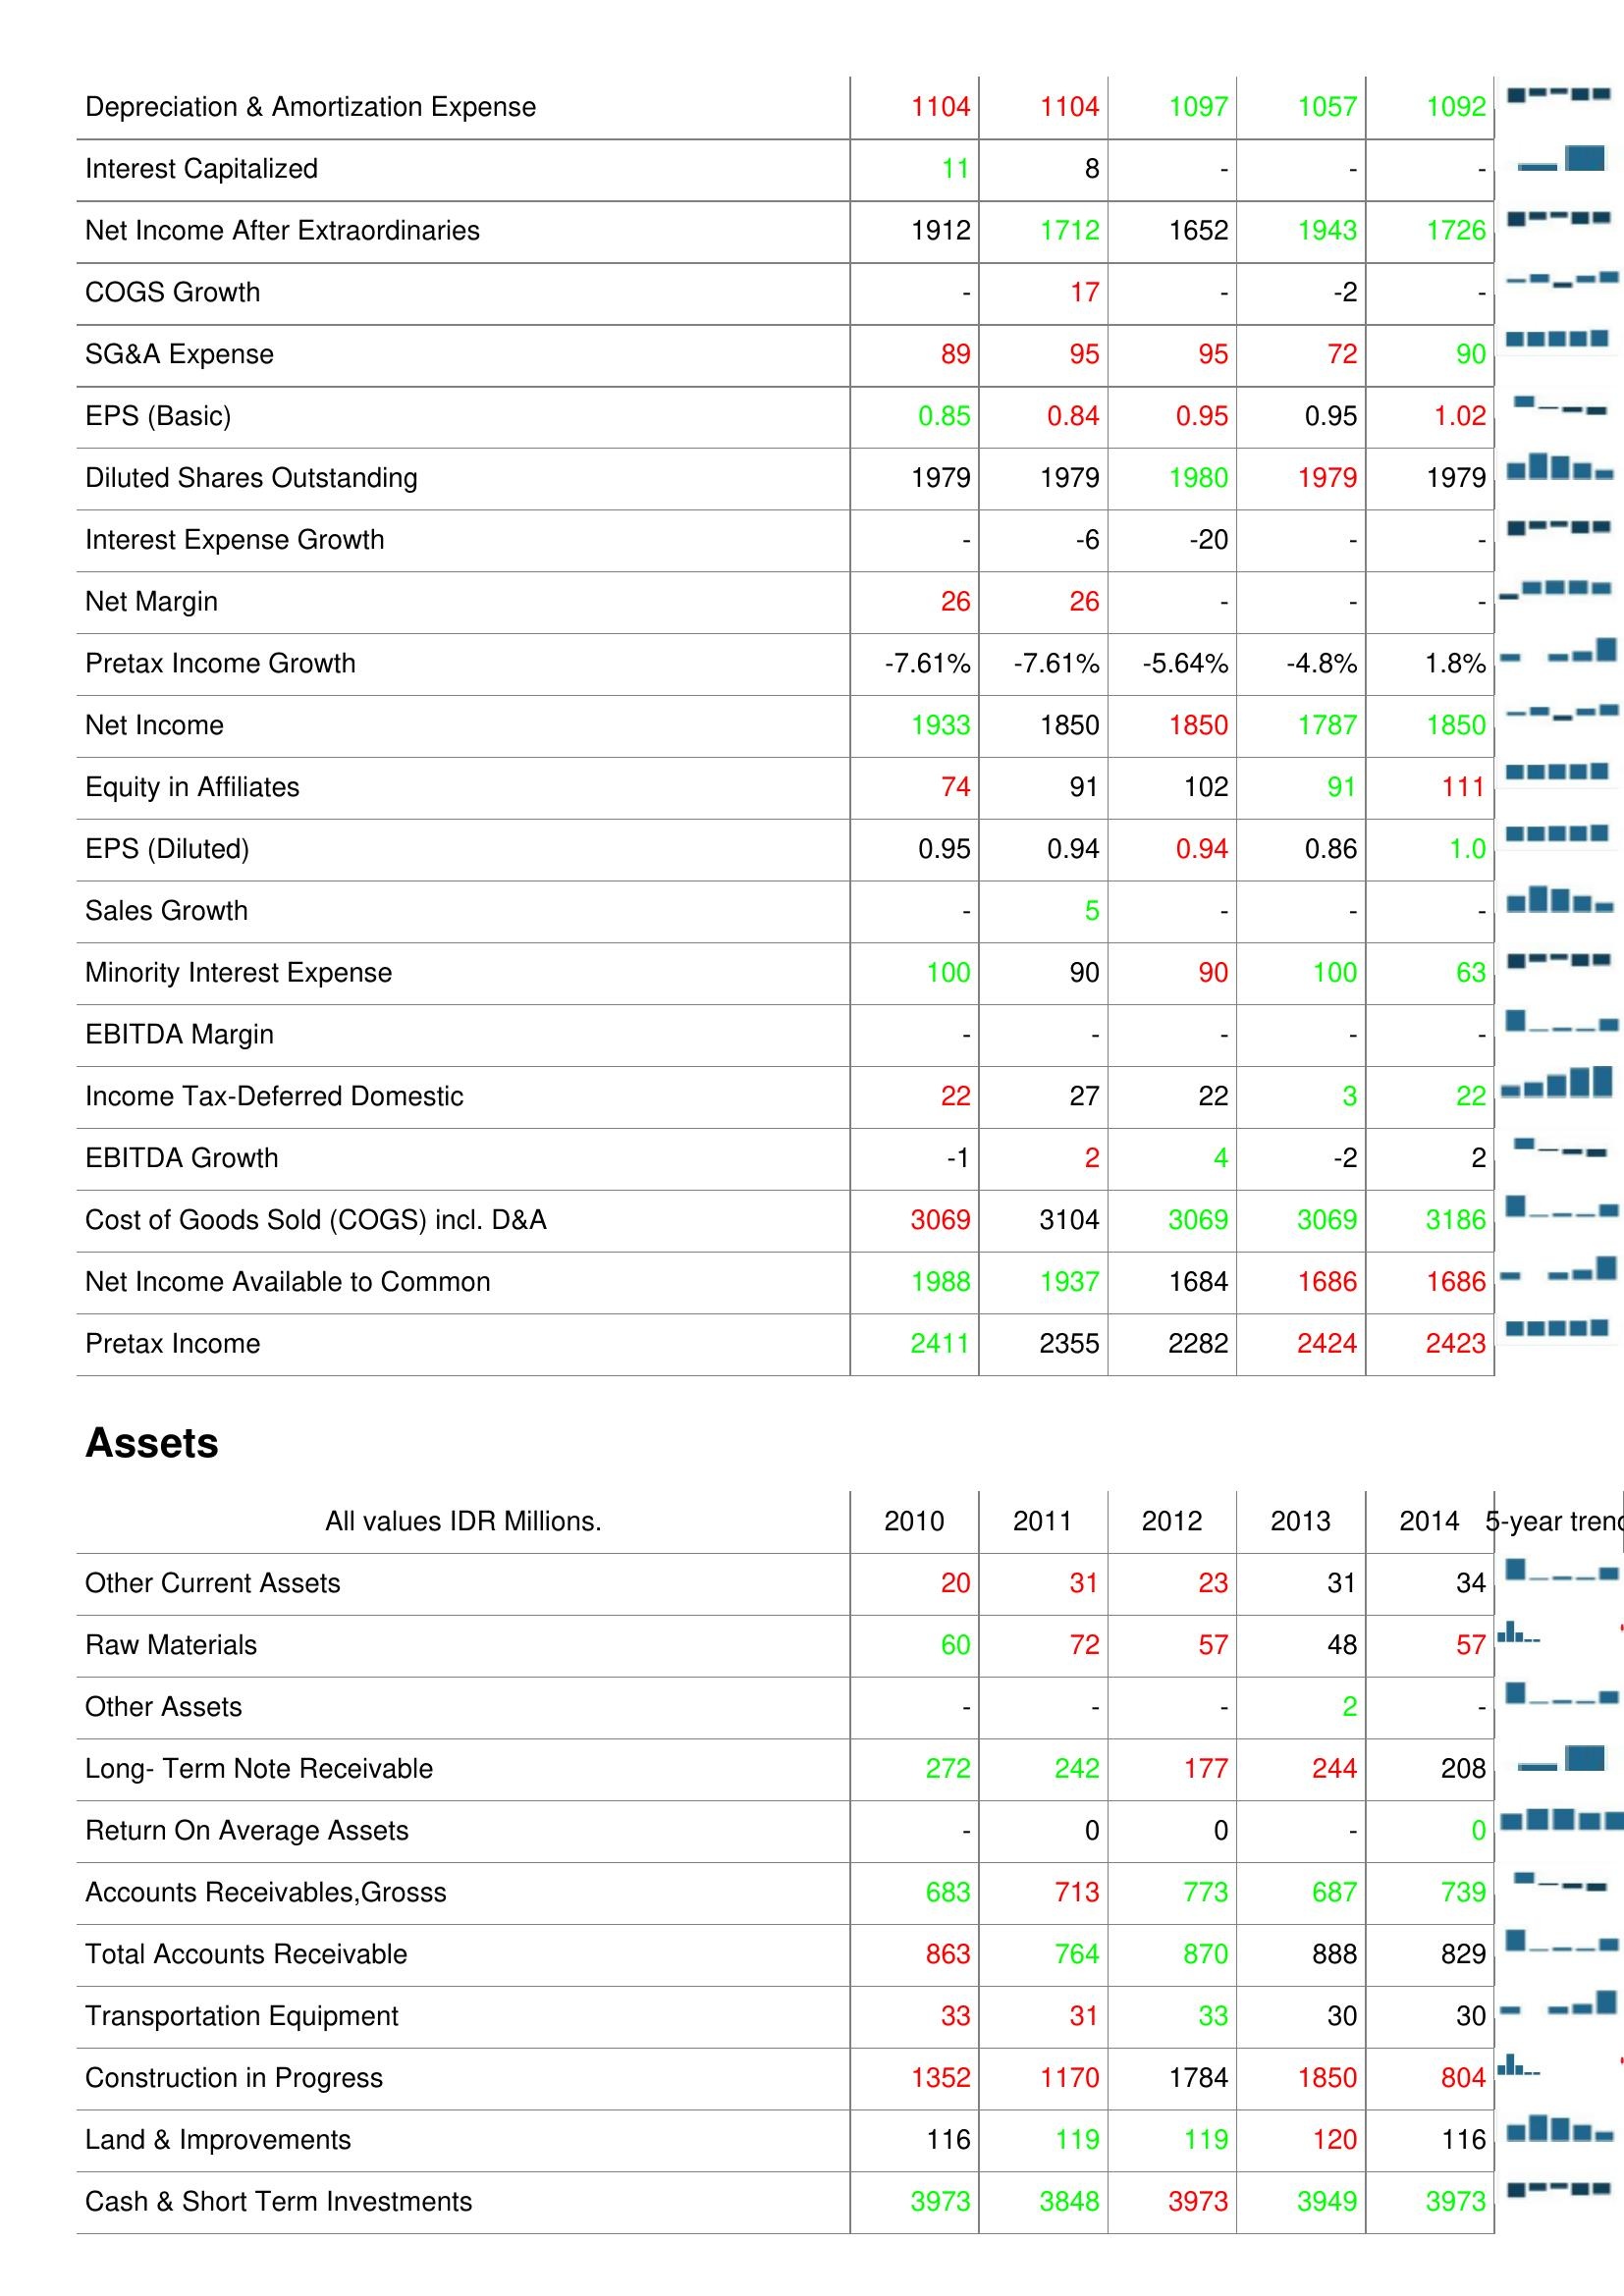
2010: : Depreciation & Amortization Expense: 1104
Interest Capitalized: 11
Net Income After Extraordinaries: 1912
COGS Growth: -
SG&A Expense: 89
EPS (Basic): 0.85
Diluted Shares Outstanding: 1979
Interest Expense Growth: -
Net Margin: 26
Pretax Income Growth: -7.61%
Net Income: 1933
Equity in Affiliates: 74
EPS (Diluted): 0.95
Sales Growth: -
Minority Interest Expense: 100
EBITDA Margin: -
Income Tax-Deferred Domestic: 22
EBITDA Growth: -1
Cost of Goods Sold (COGS) incl. D&A: 3069
Net Income Available to Common: 1988
Pretax Income: 2411
Assets: Other Current Assets: 20
Raw Materials: 60
Other Assets: -
Long- Term Note Receivable: 272
Return On Average Assets: -
Accounts Receivables,Grosss: 683
Total Accounts Receivable: 863
Transportation Equipment: 33
Construction in Progress: 1352
Land & Improvements: 116
Cash & Short Term Investments: 3973
2011: : Depreciation & Amortization Expense: 1104
Interest Capitalized: 8
Net Income After Extraordinaries: 1712
COGS Growth: 17
SG&A Expense: 95
EPS (Basic): 0.84
Diluted Shares Outstanding: 1979
Interest Expense Growth: -6
Net Margin: 26
Pretax Income Growth: -7.61%
Net Income: 1850
Equity in Affiliates: 91
EPS (Diluted): 0.94
Sales Growth: 5
Minority Interest Expense: 90
EBITDA Margin: -
Income Tax-Deferred Domestic: 27
EBITDA Growth: 2
Cost of Goods Sold (COGS) incl. D&A: 3104
Net Income Available to Common: 1937
Pretax Income: 2355
Assets: Other Current Assets: 31
Raw Materials: 72
Other Assets: -
Long- Term Note Receivable: 242
Return On Average Assets: 0
Accounts Receivables,Grosss: 713
Total Accounts Receivable: 764
Transportation Equipment: 31
Construction in Progress: 1170
Land & Improvements: 119
Cash & Short Term Investments: 3848
2012: : Depreciation & Amortization Expense: 1097
Interest Capitalized: -
Net Income After Extraordinaries: 1652
COGS Growth: -
SG&A Expense: 95
EPS (Basic): 0.95
Diluted Shares Outstanding: 1980
Interest Expense Growth: -20
Net Margin: -
Pretax Income Growth: -5.64%
Net Income: 1850
Equity in Affiliates: 102
EPS (Diluted): 0.94
Sales Growth: -
Minority Interest Expense: 90
EBITDA Margin: -
Income Tax-Deferred Domestic: 22
EBITDA Growth: 4
Cost of Goods Sold (COGS) incl. D&A: 3069
Net Income Available to Common: 1684
Pretax Income: 2282
Assets: Other Current Assets: 23
Raw Materials: 57
Other Assets: -
Long- Term Note Receivable: 177
Return On Average Assets: 0
Accounts Receivables,Grosss: 773
Total Accounts Receivable: 870
Transportation Equipment: 33
Construction in Progress: 1784
Land & Improvements: 119
Cash & Short Term Investments: 3973
2013: : Depreciation & Amortization Expense: 1057
Interest Capitalized: -
Net Income After Extraordinaries: 1943
COGS Growth: -2
SG&A Expense: 72
EPS (Basic): 0.95
Diluted Shares Outstanding: 1979
Interest Expense Growth: -
Net Margin: -
Pretax Income Growth: -4.8%
Net Income: 1787
Equity in Affiliates: 91
EPS (Diluted): 0.86
Sales Growth: -
Minority Interest Expense: 100
EBITDA Margin: -
Income Tax-Deferred Domestic: 3
EBITDA Growth: -2
Cost of Goods Sold (COGS) incl. D&A: 3069
Net Income Available to Common: 1686
Pretax Income: 2424
Assets: Other Current Assets: 31
Raw Materials: 48
Other Assets: 2
Long- Term Note Receivable: 244
Return On Average Assets: -
Accounts Receivables,Grosss: 687
Total Accounts Receivable: 888
Transportation Equipment: 30
Construction in Progress: 1850
Land & Improvements: 120
Cash & Short Term Investments: 3949
2014: : Depreciation & Amortization Expense: 1092
Interest Capitalized: -
Net Income After Extraordinaries: 1726
COGS Growth: -
SG&A Expense: 90
EPS (Basic): 1.02
Diluted Shares Outstanding: 1979
Interest Expense Growth: -
Net Margin: -
Pretax Income Growth: 1.8%
Net Income: 1850
Equity in Affiliates: 111
EPS (Diluted): 1.0
Sales Growth: -
Minority Interest Expense: 63
EBITDA Margin: -
Income Tax-Deferred Domestic: 22
EBITDA Growth: 2
Cost of Goods Sold (COGS) incl. D&A: 3186
Net Income Available to Common: 1686
Pretax Income: 2423
Assets: Other Current Assets: 34
Raw Materials: 57
Other Assets: -
Long- Term Note Receivable: 208
Return On Average Assets: 0
Accounts Receivables,Grosss: 739
Total Accounts Receivable: 829
Transportation Equipment: 30
Construction in Progress: 804
Land & Improvements: 116
Cash & Short Term Investments: 3973